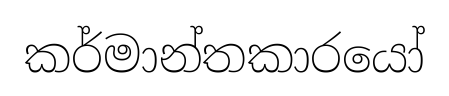
කර්මාන්තකාරයෝ